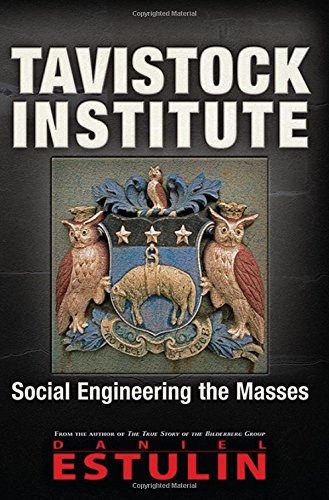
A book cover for Tavistock Institute: Social Engineering the Masses; Daniel Estulin; Medical Books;